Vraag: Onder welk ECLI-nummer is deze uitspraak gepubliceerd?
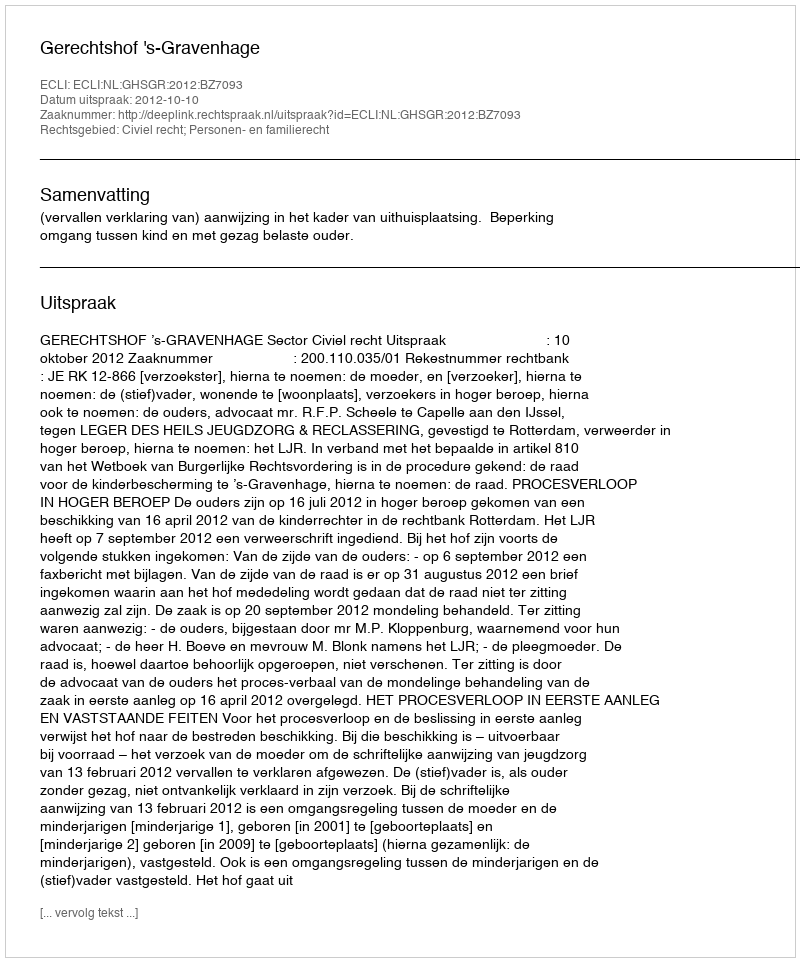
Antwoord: ECLI:NL:GHSGR:2012:BZ7093